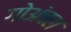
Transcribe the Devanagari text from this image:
गोअंचल